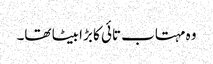
وہ مہتاب تائی کا بڑا بیٹا تھا۔